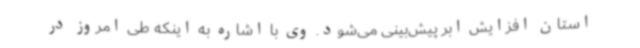
استان افزایش ابر پیش‌بینی می‌شود. وی با اشاره به اینکه طی امروز در